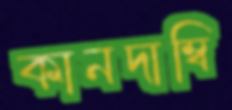
কানদাম্বি